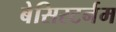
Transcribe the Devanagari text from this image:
बेसिस्टर्नम